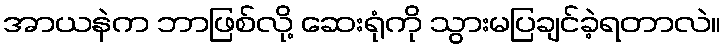
အာယနဲက ဘာဖြစ်လို့ ဆေးရုံကို သွားမပြချင်ခဲ့ရတာလဲ။